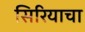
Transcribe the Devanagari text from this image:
सिरियाचा